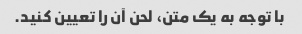
با توجه به یک متن، لحن آن را تعیین کنید.